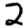
Digit: 2